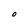
Character: O